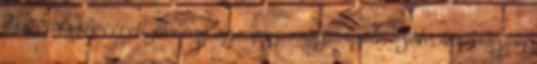
07:00 AnySex érett, piercing, sztriptiz, maszti, szóló, szőke, háziasszony